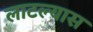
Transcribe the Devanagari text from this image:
लाटल्यास